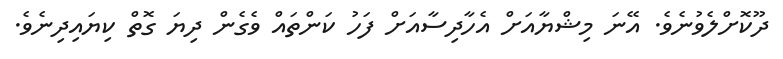
ދޫކޮށްލެވުނެވެ. އޭނަ މިޝްޔާއަށް އެހާދިސާއަށް ފަހު ކަންތައް ވެގެން ދިޔަ ގޮތް ކިޔައިދިނެވެ.